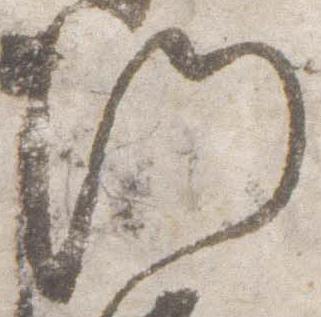
門